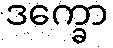
ဒက္ခော